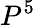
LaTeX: P^{5}